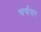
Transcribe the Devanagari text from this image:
चर्चवर